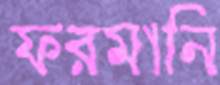
ফরমানি